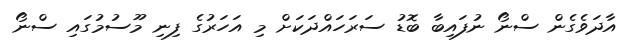
އާދަވެގެން ސްނޯ ނުފައިބާ ބޮޑު ސަރަހައްދަކަށް މި އަހަރުގެ ފިނި މޫސުމުގައި ސްނޯ